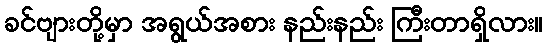
ခင်ဗျားတို့မှာ အရွယ်အစား နည်းနည်း ကြီးတာရှိလား။